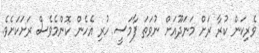
ވެރިކަން ކުރާ ރަށް މަނަދޫއަށް ނުވަތަ ފާމަސީ ހުރި އެހެން ކޮންމެވެސް ރަށަކަށެވެ.